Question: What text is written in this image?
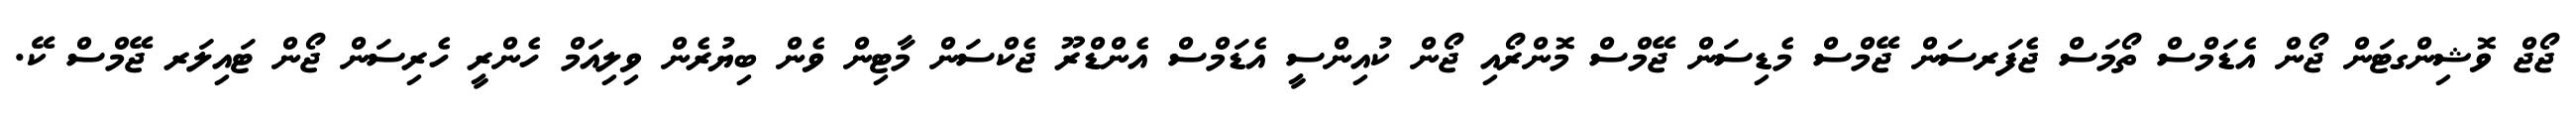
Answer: ޖޯޖް ވޮޝިންގޓަން ޖޯން އެޑަމްސް ތޯމަސް ޖެފަރސަން ޖޭމްސް މެޑިސަން ޖޭމްސް މޮންރޯއި ޖޯން ކުއިންސީ އެޑަމްސް އެންޑްރޫ ޖެކްސަން މާޓިން ވެން ބިޔުރެން ވިލިއަމް ހެންރީ ހެރިސަން ޖޯން ޓައިލަރ ޖޭމްސް ކޭ.